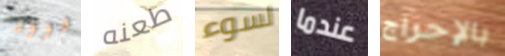
دوود طعنه لسوء عندما بالإحراج